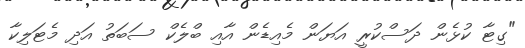
"ގިޓާ ކުޅެން ދަސްކުރީ އަޔަން މެއިޑެން އާއި ބްލެކް ސަބަތު އަދި މެޓަލިކާ